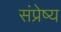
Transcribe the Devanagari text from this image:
संप्रेष्य